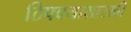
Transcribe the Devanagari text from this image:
ठिपक्यासारखी